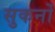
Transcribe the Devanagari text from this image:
सुकर्नो